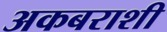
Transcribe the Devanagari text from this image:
अकबराशी